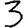
Digit: 3